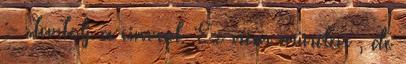
:- startolj a cimrol. Ez nem minden , de